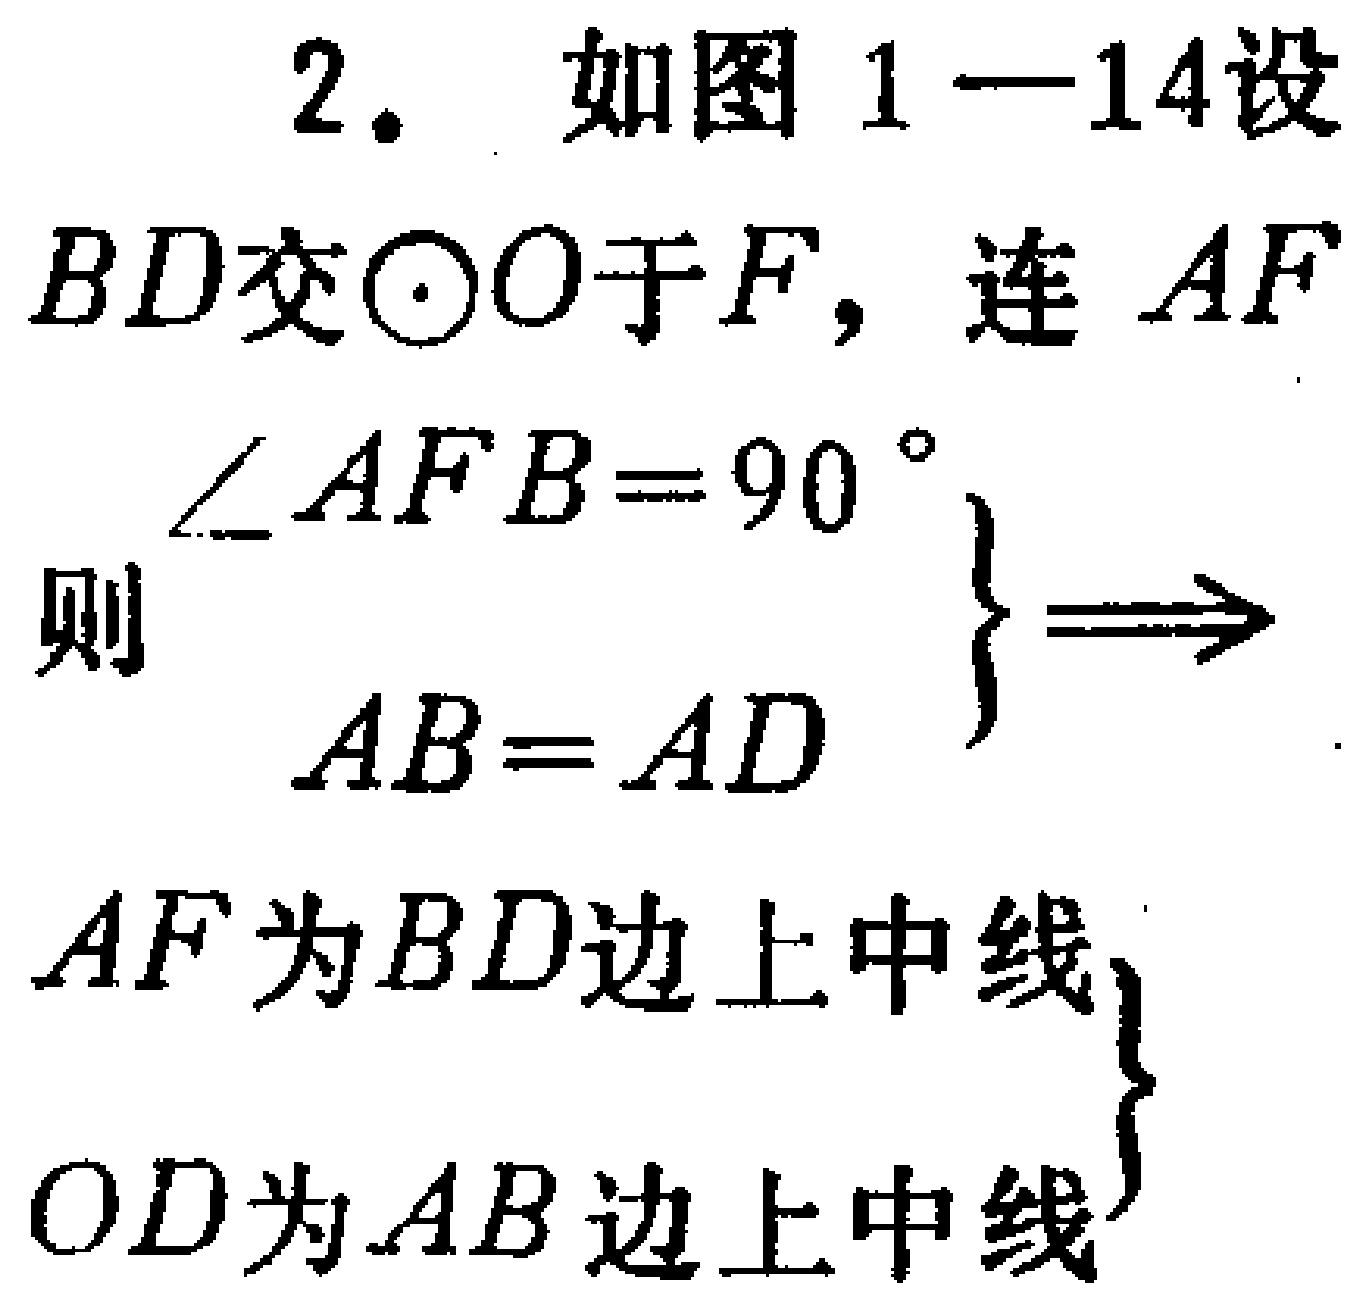
2. 如图1—14设
$BD$交$\odot O$于$F$，连$AF$
则$\left.\begin{array}{l}
\angle AFB = 90^{\circ}\\
AB = AD
\end{array}\right\}\Longrightarrow$
$AF$为$BD$边上中线,
$OD$为$AB$边上中线